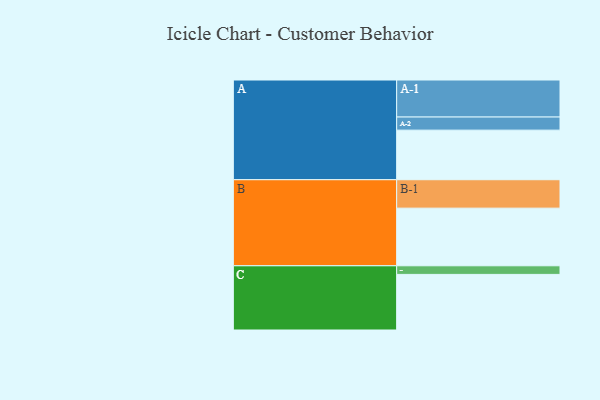
{"axis": {"x": "Segment", "y": "Value"}, "legend": ["", "A", "B", "C"], "data": [{"x": "A", "y": 363, "type": ""}, {"x": "B", "y": 422, "type": ""}, {"x": "C", "y": 407, "type": ""}, {"x": "A-1", "y": 271, "type": "A"}, {"x": "A-2", "y": 96, "type": "A"}, {"x": "B-1", "y": 208, "type": "B"}, {"x": "C-1", "y": 63, "type": "C"}]}